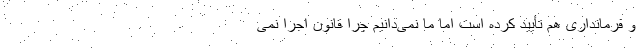
و فرمانداری هم تأیید کرده است اما ما نمی‌دانیم چرا قانون اجرا نمی